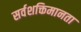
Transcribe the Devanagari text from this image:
सर्वशक्तिमानता